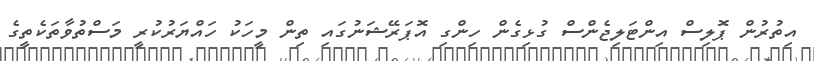
އިތުރުން ޕޮލިސް އިންޓަލިޖެންސް ގުޅިގެން ހިންގި އޮޕަރޭޝަނުގައި ތިން މީހަކު ހައްޔަރުކުރީ މަސްތުވާތަކެތީގެ